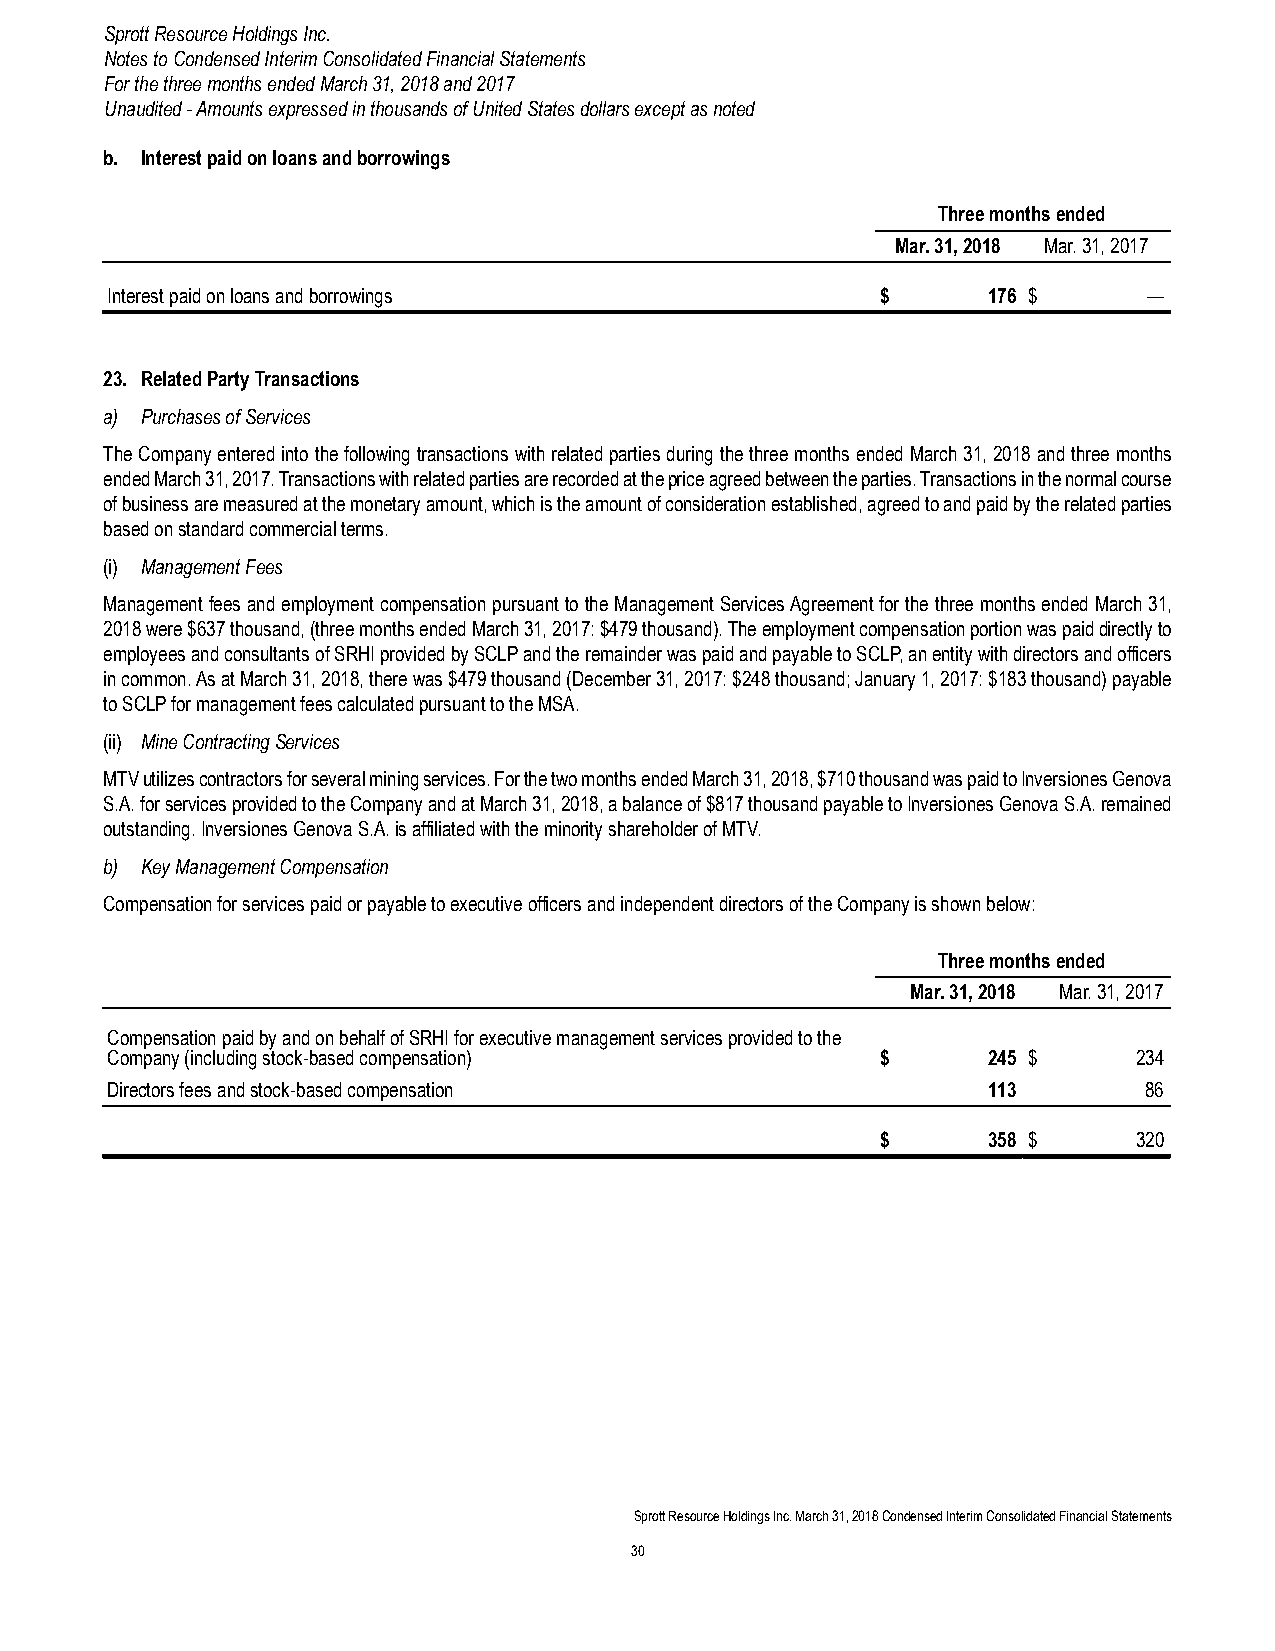
Sprott Resource Holdings Inc.
 Notes to Condensed Interim Consolidated Financial Statements
 For the three months ended March 31, 2018 and 2017
 Unaudited - Amounts expressed in thousands of United States dollars except as noted
 b. Interest paid on loans and borrowings
 Three months ended
 Mar. 31, 2018 Mar. 31, 2017
 Interest paid on loans and borrowings              $      176 $      —
 23. Related Party Transactions
 a) Purchases of Services
 The Company entered into the following transactions with related parties during the three months ended March 31, 2018 and three months
 ended March 31, 2017. Transactions with related parties are recorded at the price agreed between the parties. Transactions in the normal course
 of business are measured at the monetary amount, which is the amount of consideration established, agreed to and paid by the related parties
 based on standard commercial terms.
 (i) Management Fees
 Management fees and employment compensation pursuant to the Management Services Agreement for the three months ended March 31,
 2018 were $637 thousand, (three months ended March 31, 2017: $479 thousand). The employment compensation portion was paid directly to
 employees and consultants of SRHI provided by SCLP and the remainder was paid and payable to SCLP, an entity with directors and officers
 in common. As at March 31, 2018, there was $479 thousand (December 31, 2017: $248 thousand; January 1, 2017: $183 thousand) payable
 to SCLP for management fees calculated pursuant to the MSA.
 (ii) Mine Contracting Services
 MTV utilizes contractors for several mining services. For the two months ended March 31, 2018, $710 thousand was paid to Inversiones Genova
 S.A. for services provided to the Company and at March 31, 2018, a balance of $817 thousand payable to Inversiones Genova S.A. remained
 outstanding. Inversiones Genova S.A. is affiliated with the minority shareholder of MTV.
 b) Key Management Compensation
 Compensation for services paid or payable to executive officers and independent directors of the Company is shown below:
 Three months ended
 Mar. 31, 2018 Mar. 31, 2017
 Compensation paid by and on behalf of SRHI for executive management services provided to the
 Company (including stock-based compensation)       $      245 $     234
 Directors fees and stock-based compensation               113        86
 $      358 $     320
 Sprott Resource Holdings Inc. March 31, 2018 Condensed Interim Consolidated Financial Statements
 30